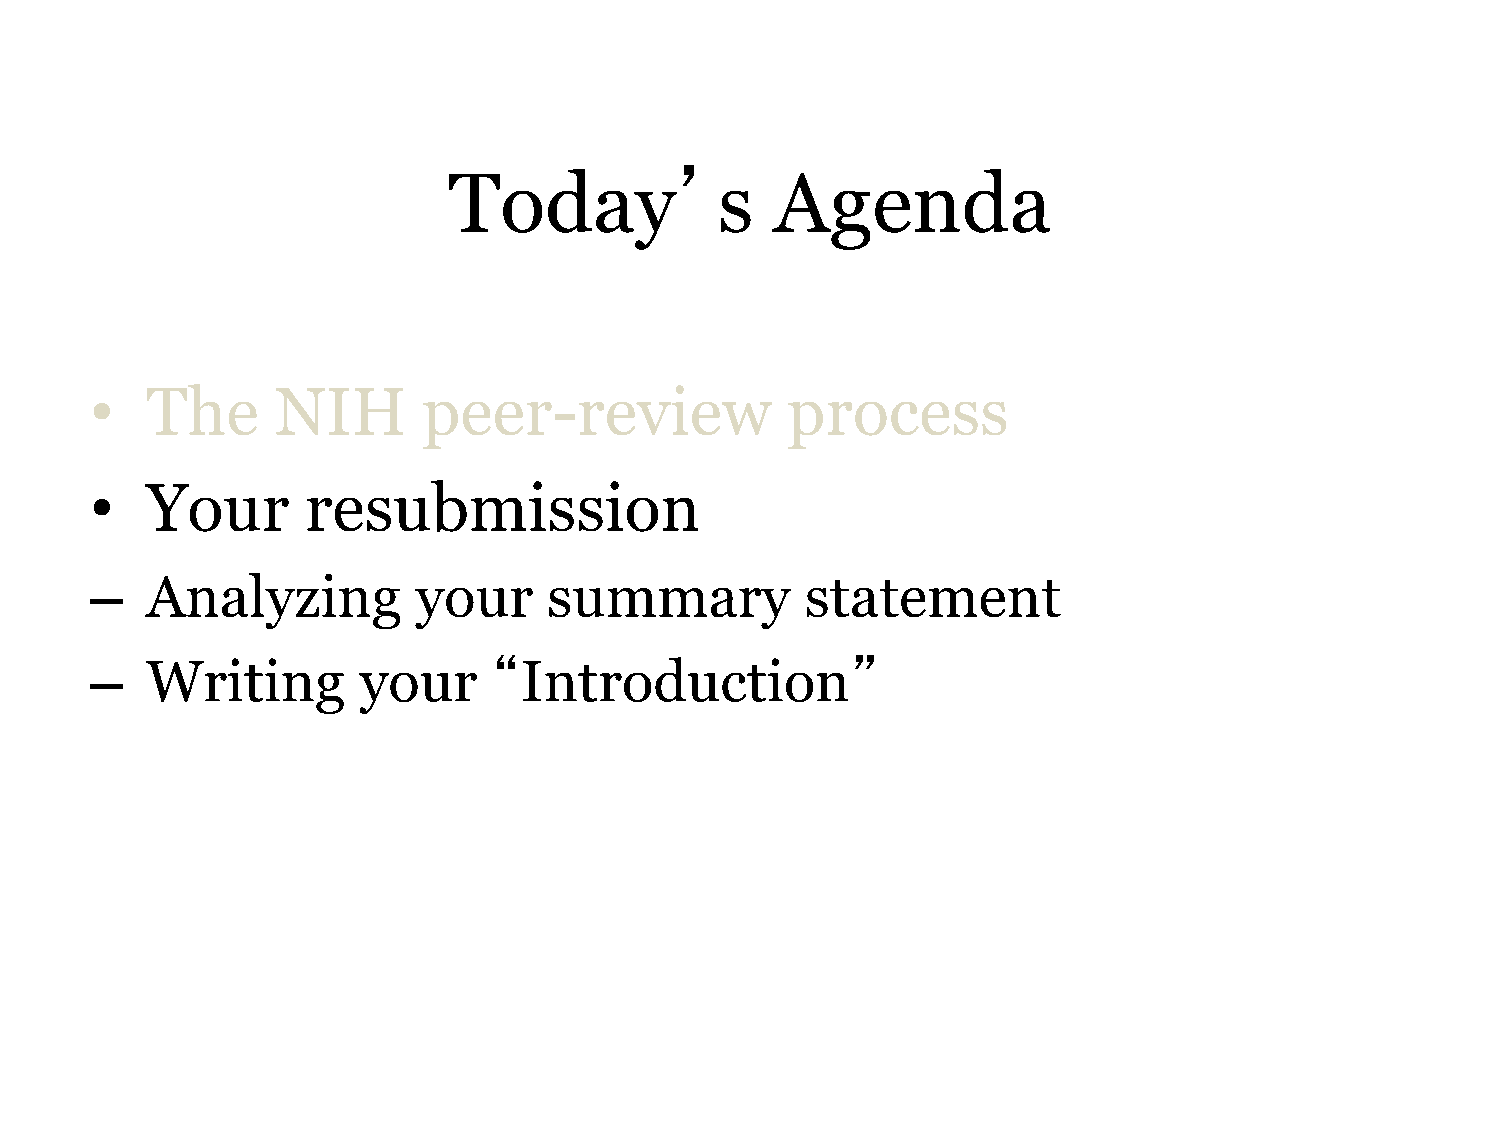
’
 Today             s  Agenda
 •   The     NIH       peer-review             process
 •   Your      resubmission
 –   Analyzing         your    summary          statement
 –   Writing       your     “Introduction”